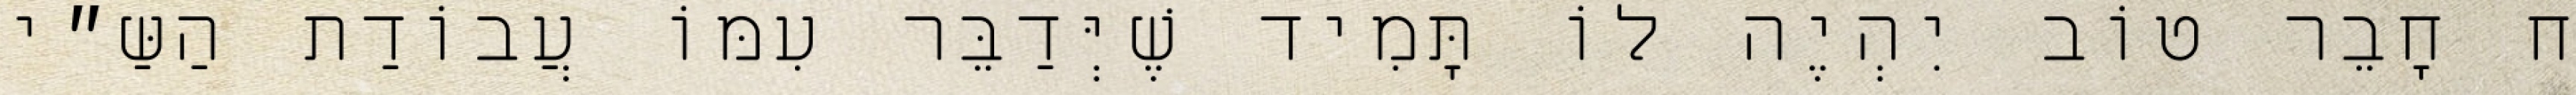
ח חָבֵר טוֹב יִהְיֶה לוֹ תָּמִיד שֶׁיְּדַבֵּר עִמּוֹ עֲבוֹדַת הַשַּ״י